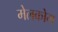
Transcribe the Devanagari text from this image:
मेलकोम